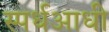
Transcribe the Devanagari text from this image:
स्पर्धआधी